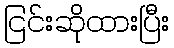
ငြင်းဆိုထားပြီး